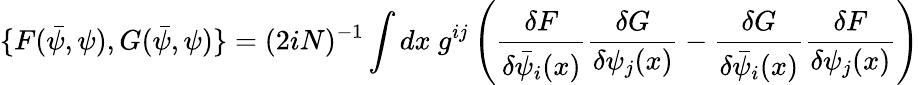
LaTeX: \{ F(\bar{\psi},\psi),G(\bar{\psi},\psi)\} =(2iN)^{-1}\int dx~g^{ij}\left(\frac{\delta F}{\delta\bar{\psi}_{i}(x)}\frac{\delta G}{\delta\psi_{j}(x)}-\frac{\delta G}{\delta\bar{\psi}_{i}(x)}\frac{\delta F}{\delta\psi_{j}(x)}\right)